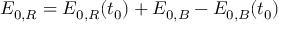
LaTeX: E _ { 0 , R } = E _ { 0 , R } ( t _ { 0 } ) + E _ { 0 , B } - E _ { 0 , B } ( t _ { 0 } )